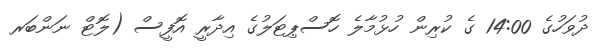
ދުވަހުގެ 14:00 ގެ ކުރިން ހުޅުމާލެ ހޮސްޕިޓަލުގެ އިދާރީ އޮފީސް (ލޮޓް ނަންބަރ